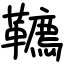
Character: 韀